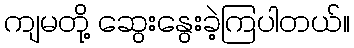
ကျမတို့ ဆွေးနွေးခဲ့ကြပါတယ်။